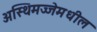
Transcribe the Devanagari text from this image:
अस्थिमज्जेमधील